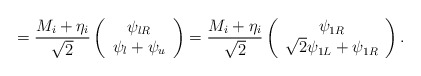
\begin{align*}=\frac{M_{i}+\eta _{i}}{\sqrt{2}}\left( \begin{array}{c}\psi _{lR} \\ \psi _{l}+\psi _{u}\end{array}\right) =\frac{M_{i}+\eta _{i}}{\sqrt{2}}\left( \begin{array}{c}\psi _{1R} \\ \sqrt{2}\psi _{1L}+\psi _{1R}\end{array}\right) . \end{align*}